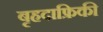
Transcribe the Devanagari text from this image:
बृहदाफ्रिकी